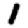
Digit: 1